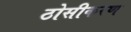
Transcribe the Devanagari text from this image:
ठोसीकरण